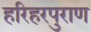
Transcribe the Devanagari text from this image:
हरिहरपुराण